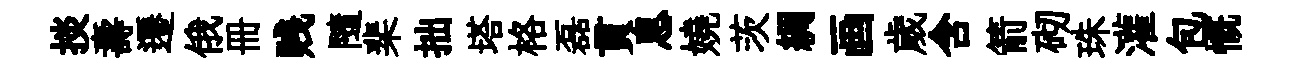
掞壽遷俄册贱隨棐拙塔格磊貫息嬈茨綢画歲含箭砌珠灌包慨